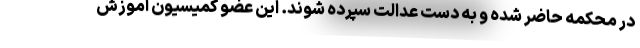
در محکمه حاضر شده و به دست عدالت سپرده شوند. این عضو کمیسیون آموزش